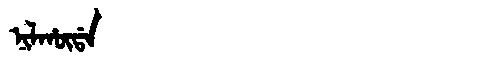
Manchu: ᠨᡳᠯᡥᡡᡩᠠ
Romanization: NILHŪDA